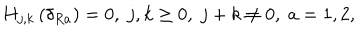
LaTeX: H _ { j , k } \left( \delta _ { R a } \right) = 0 , \; j , k \geq 0 , \; j + k \neq 0 , \; a = 1 , 2 ,